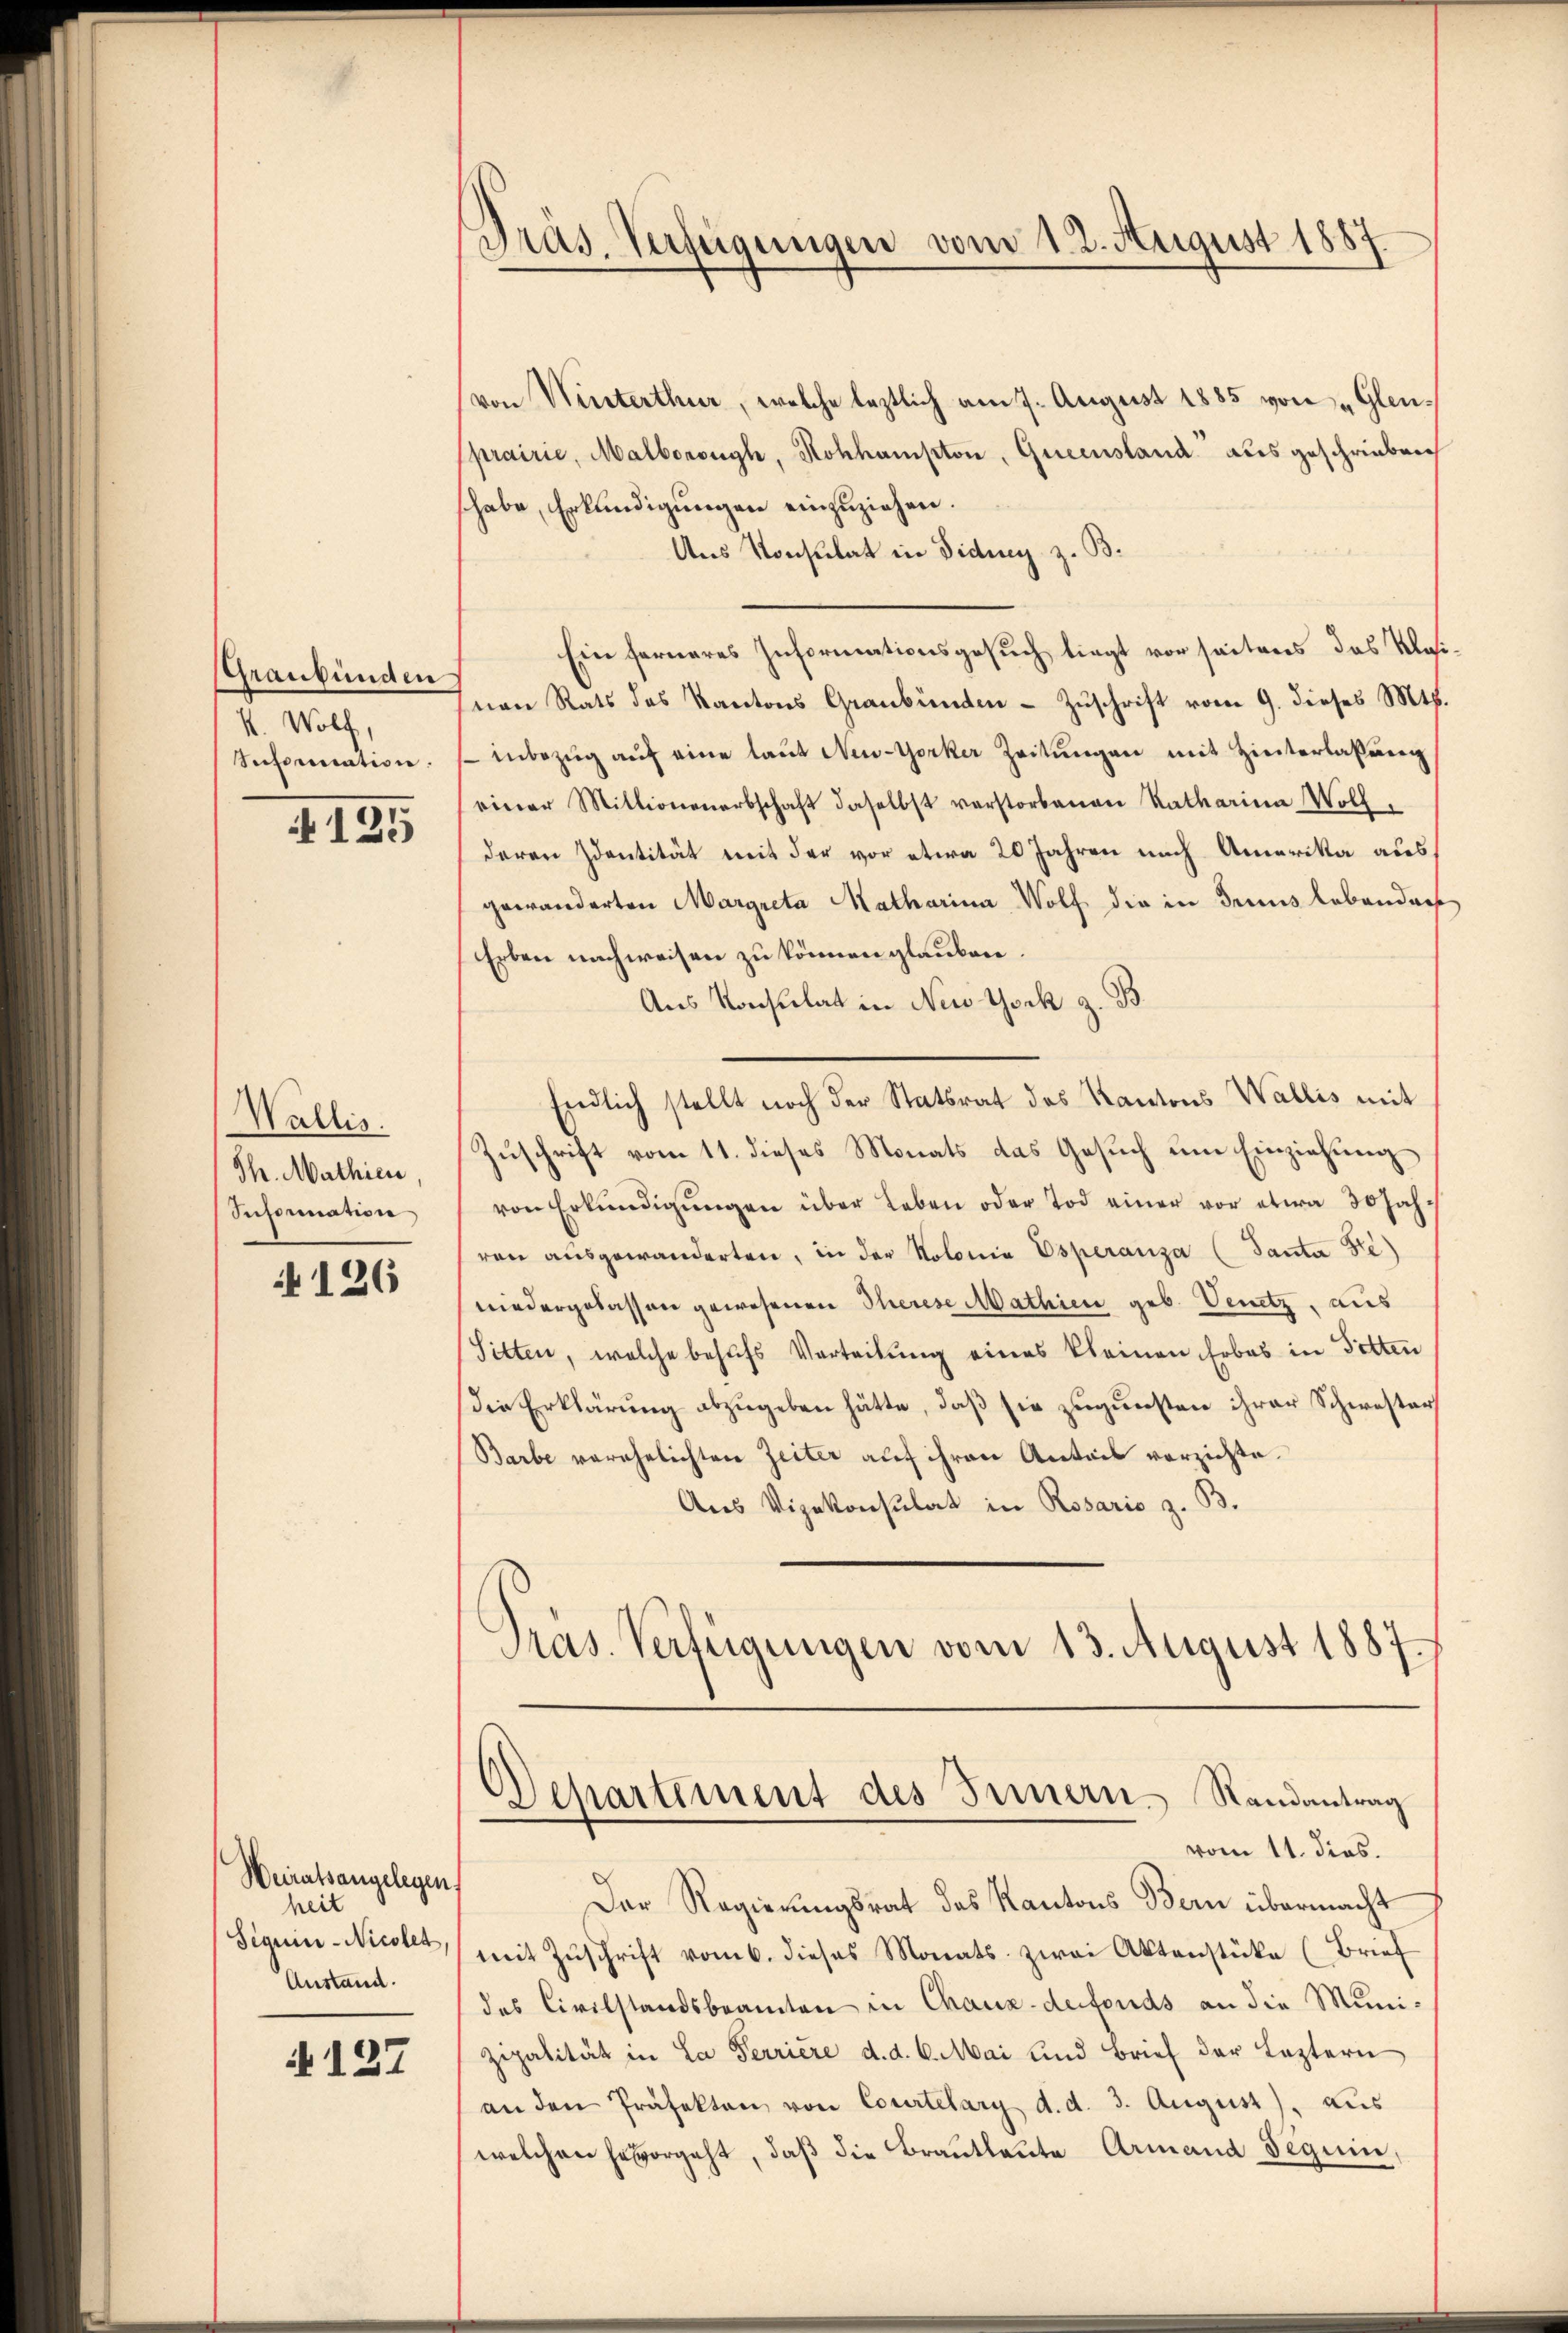
Graubünden
4. Wolf,
Snchornation.

125

Wallis.
Th. Mathien,
Information

126

Weiratsangelegen
heit
Siquie-Nicolet,
Anstand.

N 137

Präs. Verfügungen vom 12. August 1887

von Winterthur, welche leztlich am 7. August 1885 von „Gleuprairie, Malborough, Rohhampton, Queenstand ausgeschrieben
shabe, Erkundigungen einzuziehen.
Ans Konsulat in Fidung z. B.
Ein ferneres Informationsgesuch liegt vor seitens das Masnen Rats des Kantons Graubünden - Zuschrift vom 9. dieses Mts.
 inbezŭg aŭf eine laŭt New-Yorker Zeitŭngen mit Hinterlaßung
einer Mittwonenarbschaft daselbst verstorbenen Ratharina Wolf,
deren Identität mit der vor etwa 20 Jahren nach Amerika aus
gewänderten Margreta Katharina Wolf die in Genus lebendach
Erben nachweisen zu können glauben.
Aus Konsulat in New York z. B.
Endlich stellt noch der Statsrat des Kantons Wallis mit
Zuschrift vom 11. dieses Monats das Gesuch um Einziehung
von Erkŭndigŭngen über Leben oder Tod einer vor etwa 30 Jahren aŭsgewanderten, in der Kolonia Esperanza (Santa Fe
niedergelassen gewesenen Therese Mathien geb. Venetz, aus
Sitten, welche behufs Verteilung eines kleinen Erbes in Gotten
die Erklärung abzugeben hätte, daß sie zugunsten ihrer Schwester
Barbe verehelichten Zeiter auf ihren Antois verzichte.
Aus Vizekonsulat in Rosario z. B.
Präs. Verfügungen vom 13. August 1887.
Departement des Innern. Randantrag
vom 11. dies.
Der Regierŭngsrat des Kantons Bern übermacht
mit Zuschrift vom 6. dieses Monats zwei Aktenstüke (Brief
des Civilstandsbeamten in Chaux-defonds an die Muni¬
Zipalität in La Perriere d. d. 6. Mai und Brief der Leztern
an den Präfekten von Courtelary d. d. 3. August), aus
welchen hervorgeht, daβ die Brautleute Armand Beguin,